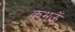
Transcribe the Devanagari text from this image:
कभऊँ